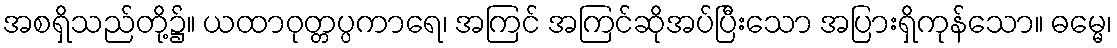
အစရှိသည်တို့၌။ ယထာဝုတ္တပ္ပကာရေ၊ အကြင် အကြင်ဆိုအပ်ပြီးသော အပြားရှိကုန်သော။ ဓမ္မေ၊